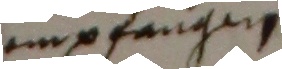
empfangen